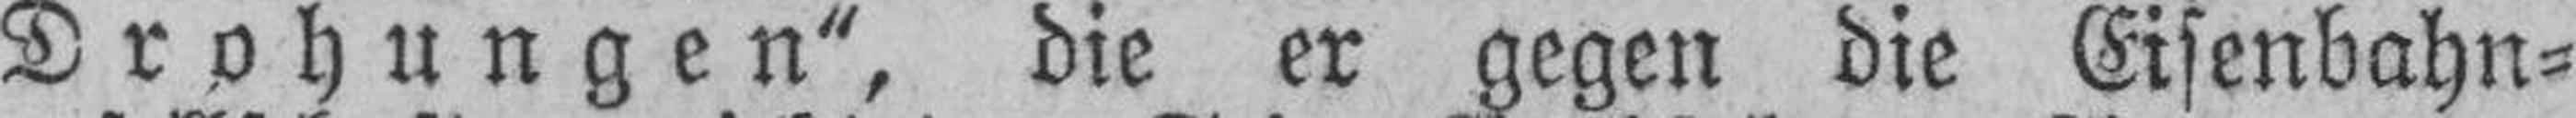
Drohungen“, die er gegen die Eisenbahn¬